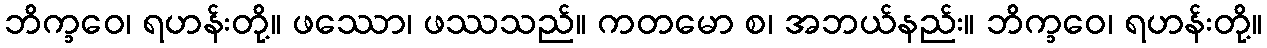
ဘိက္ခဝေ၊ ရဟန်းတို့။ ဖဿော၊ ဖဿသည်။ ကတမော စ၊ အဘယ်နည်း။ ဘိက္ခဝေ၊ ရဟန်းတို့။